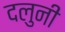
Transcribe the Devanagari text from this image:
दलुनी